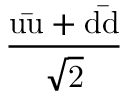
\mathrm { \frac { u { \bar { u } } + d { \bar { d } } } { \sqrt { 2 } } }